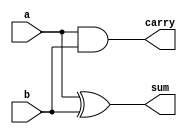
`timescale 1ns / 1ps
//////////////////////////////////////////////////////////////////////////////////
// Company: 
// Engineer: 
// 
// Design Name: 
// Module Name: half_adder
// Project Name: 
// Target Devices: 
// Tool Versions: 
// Description: 
// 
// Dependencies: 
// 
// Revision:
// Revision 0.01 - File Created
// Additional Comments:
// 
//////////////////////////////////////////////////////////////////////////////////


module ha(a,b,sum,carry);

    input a,b;
    output sum,carry;
    
    xor(sum,a,b);
    and(carry,a,b);
    
endmodule